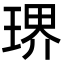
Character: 琾